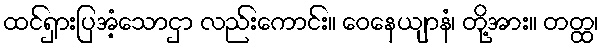
ထင်ရှားပြအံ့သောငှာ လည်းကောင်း။ ဝေနေယျာနံ၊ တို့အား။ တတ္ထ၊